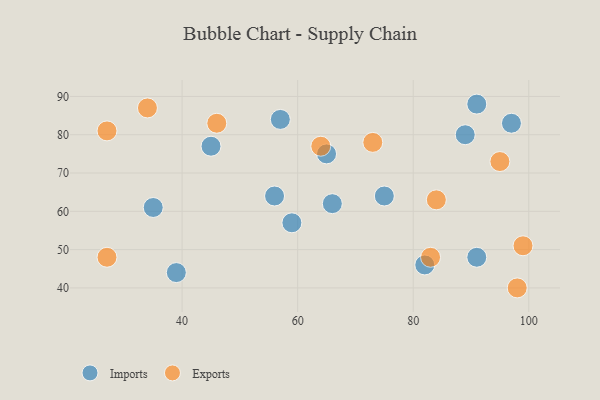
{"axis": {"x": "GDP", "y": "Life Expectancy"}, "legend": ["Exports", "Imports"], "data": [{"x": "35", "y": 61, "type": "Imports"}, {"x": "45", "y": 77, "type": "Imports"}, {"x": "65", "y": 75, "type": "Imports"}, {"x": "56", "y": 64, "type": "Imports"}, {"x": "59", "y": 57, "type": "Imports"}, {"x": "97", "y": 83, "type": "Imports"}, {"x": "91", "y": 88, "type": "Imports"}, {"x": "75", "y": 64, "type": "Imports"}, {"x": "89", "y": 80, "type": "Imports"}, {"x": "66", "y": 62, "type": "Imports"}, {"x": "57", "y": 84, "type": "Imports"}, {"x": "82", "y": 46, "type": "Imports"}, {"x": "39", "y": 44, "type": "Imports"}, {"x": "91", "y": 48, "type": "Imports"}, {"x": "83", "y": 48, "type": "Exports"}, {"x": "95", "y": 73, "type": "Exports"}, {"x": "84", "y": 63, "type": "Exports"}, {"x": "64", "y": 77, "type": "Exports"}, {"x": "27", "y": 81, "type": "Exports"}, {"x": "46", "y": 83, "type": "Exports"}, {"x": "34", "y": 87, "type": "Exports"}, {"x": "27", "y": 48, "type": "Exports"}, {"x": "73", "y": 78, "type": "Exports"}, {"x": "98", "y": 40, "type": "Exports"}, {"x": "99", "y": 51, "type": "Exports"}]}